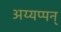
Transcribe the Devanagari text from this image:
अय्यप्पन्